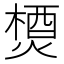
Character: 𤍕